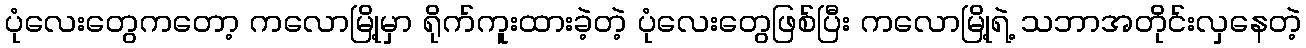
ပုံလေးတွေကတော့ ကလောမြို့မှာ ရိုက်ကူးထားခဲ့တဲ့ ပုံလေးတွေဖြစ်ပြီး ကလောမြို့ရဲ့ သဘာအတိုင်းလှနေတဲ့